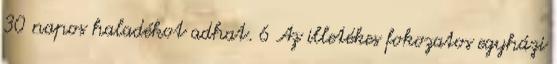
30 napos haladékot adhat. 6 Az illetékes fokozatos egyházi